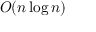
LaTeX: \ O ( n \log n )